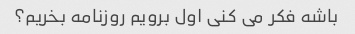
باشه فکر می کنی اول برویم روزنامه بخریم؟